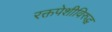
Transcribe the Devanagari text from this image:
रक्तपेशीविरुद्ध